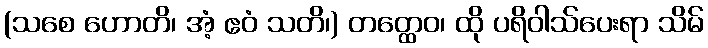
(သစေ ဟောတိ၊ အံ့ ဧဝံ သတိ၊) တတ္ထေဝ၊ ထို ပရိဝါသ်ပေးရာ သိမ်